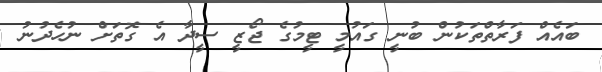
ބައެއް ފަރާތްތަކުން ބުނީ ގައުމީ ޓީމުގެ ޖޯޒީ ސީދާ އެ ގޮތަށް ނުހެދުނު